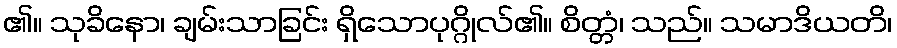
၏။ သုခိနော၊ ချမ်းသာခြင်း ရှိသောပုဂ္ဂိုလ်၏။ စိတ္တံ၊ သည်။ သမာဒိယတိ၊